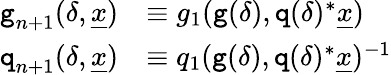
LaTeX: \begin{array}{rl}{\textnormal{\texttt{g}}_{n+1}(\delta,\underline{{x}})}&{\equiv g_{1}(\textnormal{\texttt{g}}(\delta),\textnormal{\texttt{q}}(\delta)^{*}\underline{{x}})}\\ {\textnormal{\texttt{q}}_{n+1}(\delta,\underline{{x}})}&{\equiv q_{1}(\textnormal{\texttt{g}}(\delta),\textnormal{\texttt{q}}(\delta)^{*}\underline{{x}})^{-1}}\end{array}